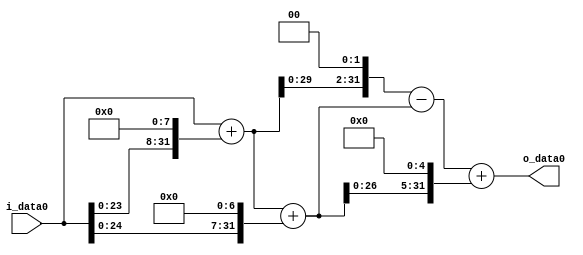
module multiplier_block_51 (
    i_data0,
    o_data0
);
  input   [31:0] i_data0;
  output  [31:0]
    o_data0;
  wire [31:0]
    w1,
    w256,
    w257,
    w128,
    w385,
    w1028,
    w643,
    w12320,
    w12963;
  assign w1 = i_data0;
  assign w1028 = w257 << 2;
  assign w12320 = w385 << 5;
  assign w128 = w1 << 7;
  assign w12963 = w643 + w12320;
  assign w256 = w1 << 8;
  assign w257 = w1 + w256;
  assign w385 = w257 + w128;
  assign w643 = w1028 - w385;
  assign o_data0 = w12963;
endmodule